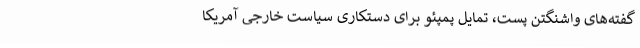
گفته‌های واشنگتن پست، تمایل پمپئو برای دستکاری سیاست خارجی آمریکا